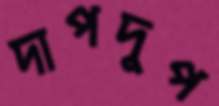
দাপদুপ